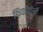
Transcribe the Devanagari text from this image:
थियोफेनी